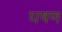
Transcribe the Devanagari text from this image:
घषण